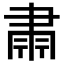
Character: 𮌄